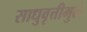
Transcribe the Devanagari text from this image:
साधुवृत्तीमुळे